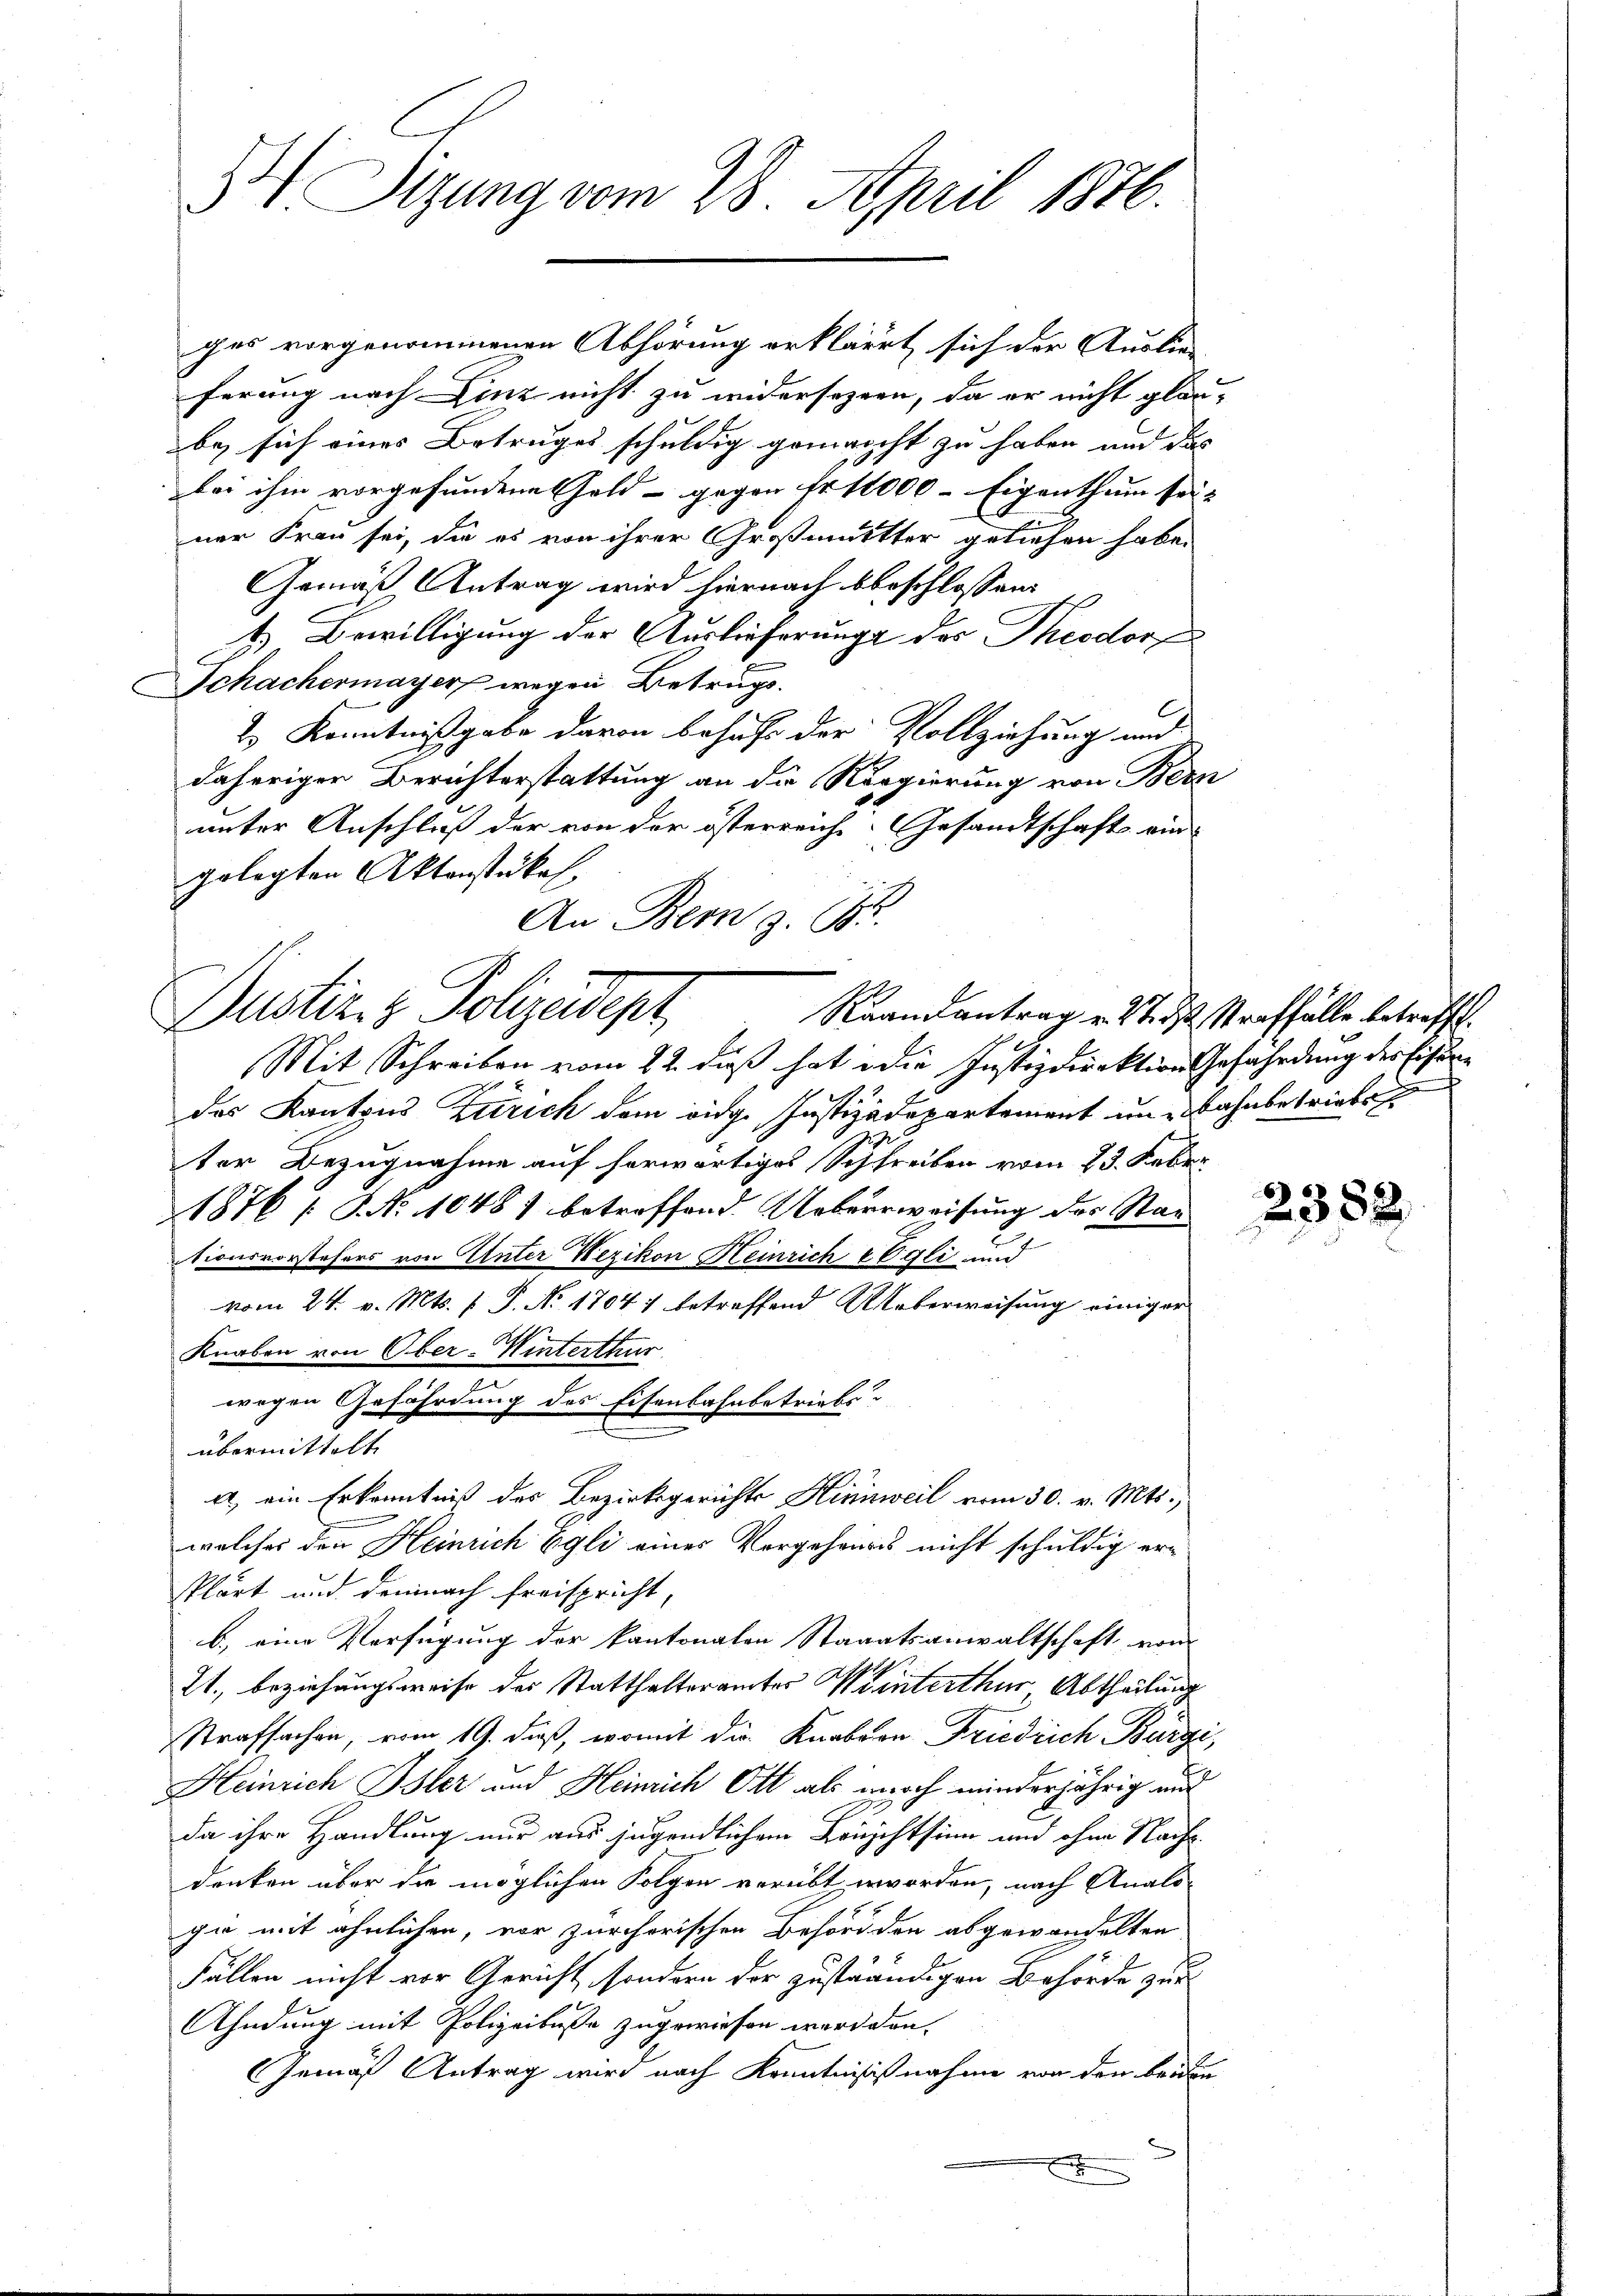
Sizung vom 28. April 1876.

ges vorgenommenen Abhörung erkläret sich der Auslie-
ferung nach Linz nicht zu widersezern, da er nicht glau
be, sich eines Betruges schuldig gemeicht zu haben und das
bei ihm vorgefundene Feld - gegen Fr. 11000 - Eigenthum sei.
ner Frau sei, die es von ihrer Großmutter geliehen habe.
Gemäß Antrag wird hiernach beschlossen,
t. Bewilligung der Auslieferungs des Theodor
Schachermayer wegen Betrugs.
2.) Kenntnißgabe davon behufs der Vollziehung und
daheriger Berichterstattung an die Regierung von Bern
unter Anschluß der von der österreich. Gesandtschaft ein
gelegten Aktenstükes.
An Bern z. 185
Dustiz & Polizeidepr
Mit Schreiben vom 22. dieß hat die Justizdirektion Gefährdung der Eisen¬
2
das Kantons Zürich dem eidg. Justizadepartement um Bahnbetriebst
ter Bezugnahme auf herwärtiges Schreiben vom 23. Febr.
1876 / NNo. 1048) betreffend Ueberweisung des Staa
tionsvorstehers von Unter Wezikon Heinrich Egli und
vom 24. v. Mts. f. P. No 1704) betreffend Weberweisung einiger
Knaben von Ober-Winterthur
wegen Gefährdung des Eisenbahnbetriebsübermittelt
A, ein Erkenntniß des Bezirksgerichts Hinweil vom 30. v. Mts.,
welches den Heinrich Egli eines Vergehens nicht schuldig erklärt und demnach freispricht,
b.) eine Verfügung der kantonalen Staaatsanwaltschaft vom
21., beziehungsweise des Statthalterämter Winterthur Abtheilung
strafsachen, vom 19. daß, womit die Knaben Friedrich Bürge,
Heinrich Isler und Heinrich Ott als noch minderjährig und
da ihre Handlung nur aus jugendlichem Leichtsinn und ohne Nach-
denken über die möglichen Folgen verübt worden, nach Anals-
gie mit ähnlichen, vor zürcherischen Behörd den abgewandelten
Fällen nicht vor Gericht, sondern der zuständigen Behörde zu
Ahndung mit Polizeibuße zugewiesen werden.
Gemäß Antrag wird nach Kenntnisißnahme von den beiden

Raandantrag v. 27. ds Straffälle betreffe.

7

2382